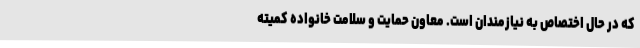
که در حال اختصاص به نیازمندان است. معاون حمایت و سلامت خانواده کمیته